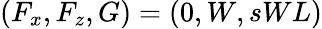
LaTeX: (F_{x},F_{z},G)=(0,W,sWL)